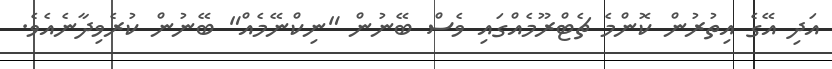
އަދި އޭގެ އިތުރުން ކޮންމެ ޗެޓްރޫމެއްގައި ވެސް ބޭނުން "ނިކްނޭމެއް" ބޭނުން ކުރެވިދާނެއެވެ.